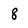
Character: 8